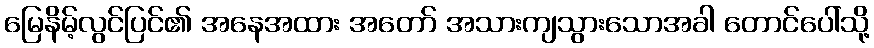
မြေနိမ့်လွင်ပြင်၏ အနေအထား အတော် အသားကျသွားသောအခါ တောင်ပေါ်သို့